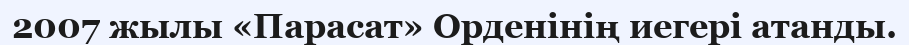
2007 жылы «Парасат» Орденінің иегері атанды.